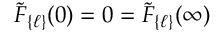
{ \tilde { \cal F } } _ { \{ \ell \} } ( 0 ) = 0 = { \tilde { \cal F } } _ { \{ \ell \} } ( \infty )